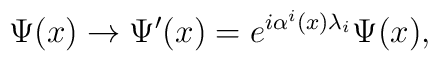
\Psi(x) \rightarrow \Psi^{\prime}(x) = e^{i \alpha^i(x) \lambda_i} \Psi(x),